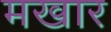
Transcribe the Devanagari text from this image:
मखार